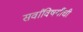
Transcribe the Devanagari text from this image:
सर्वांविषयींची